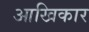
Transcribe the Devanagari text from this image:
आखिकार